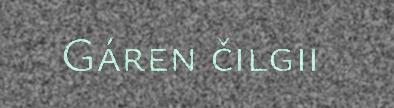
Gáren čilgii